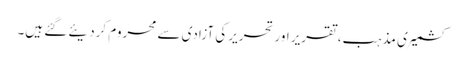
کشمیری مذہب، تقریر اور تحریر کی آزادی سے محروم کردیئے گئے ہیں۔